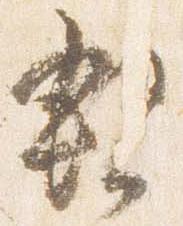
親